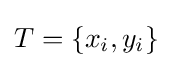
T=\{x_{i},y_{i}\}